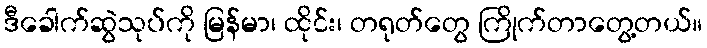
ဒီခေါက်ဆွဲသုပ်ကို မြန်မာ၊ ထိုင်း၊ တရုတ်တွေ ကြိုက်တာတွေ့တယ်။